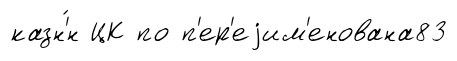
казн'́н ЦК по п'ер'еjим'енована83